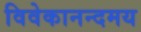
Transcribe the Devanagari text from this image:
विवेकानन्दमय